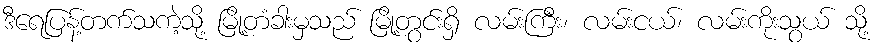
ဒီရေပြန့်တက်သကဲ့သို့ မြို့တံခါးမှသည် မြို့တွင်းရှိ လမ်းကြီး၊ လမ်းငယ်၊ လမ်းကိုးသွယ် သို့